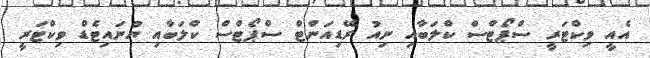
އެއީ ވިކްޓަރީ ސްޕޯޓްސް ކްލަބާއި ނިއު ރޭޑިއަންޓް ސްޕޯޓްސް ކްލަބާއި ޔުނައިޓެޑް ވިކްޓަރީ